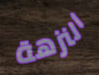
النزهة